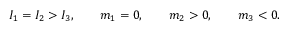
\begin{array} { r } { I _ { 1 } = I _ { 2 } > I _ { 3 } , \qquad m _ { 1 } = 0 , \qquad m _ { 2 } > 0 , \qquad m _ { 3 } < 0 . } \end{array}